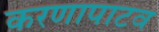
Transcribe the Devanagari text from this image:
करणापाटव